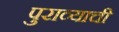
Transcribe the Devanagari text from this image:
पुराव्याची